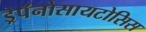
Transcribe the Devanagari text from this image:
ड्रेपॅनोसायटोसिस